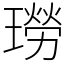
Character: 𤩂